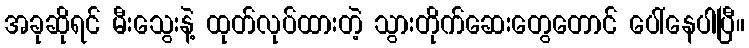
အခုဆိုရင် မီးသွေးနဲ့ ထုတ်လုပ်ထားတဲ့ သွားတိုက်ဆေးတွေတောင် ပေါ်နေပါပြီ။